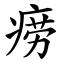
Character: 痨